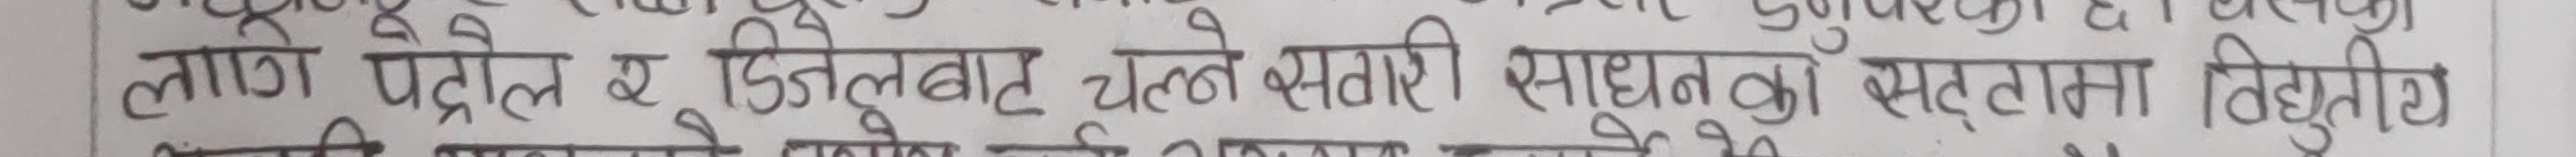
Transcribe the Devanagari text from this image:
लागि पेट्रोल र डिजेलबाट चल्ने सवारी साधनको सट्टामा विद्युतीय